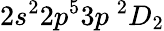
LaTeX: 2s^{2}2p^{5}3p\ ^{2}D_{2}